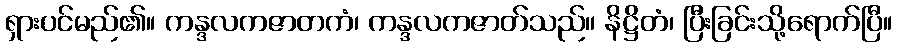
ရှားပင်မည်၏။ ကန္ဒလကဇာတကံ၊ ကန္ဒလကဇာတ်သည်။ နိဋ္ဌိတံ၊ ပြီးခြင်းသို့ရောက်ပြီ။